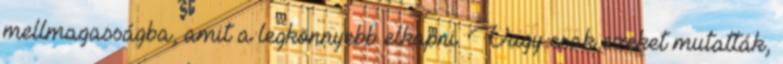
mellmagasságba, amit a legkönnyebb elkapni. Vagy csak ezeket mutatták,